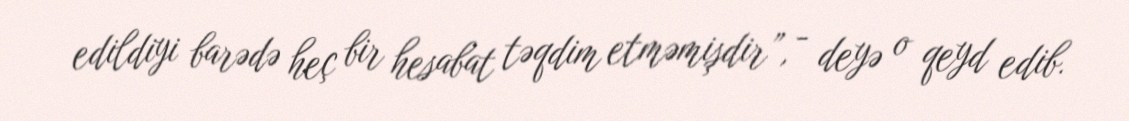
edildiyi barədə heç bir hesabat təqdim etməmişdir”, - deyə o qeyd edib.